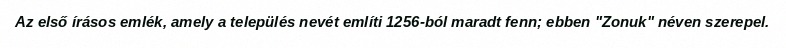
Az első írásos emlék, amely a település nevét említi 1256-ból maradt fenn; ebben "Zonuk" néven szerepel.